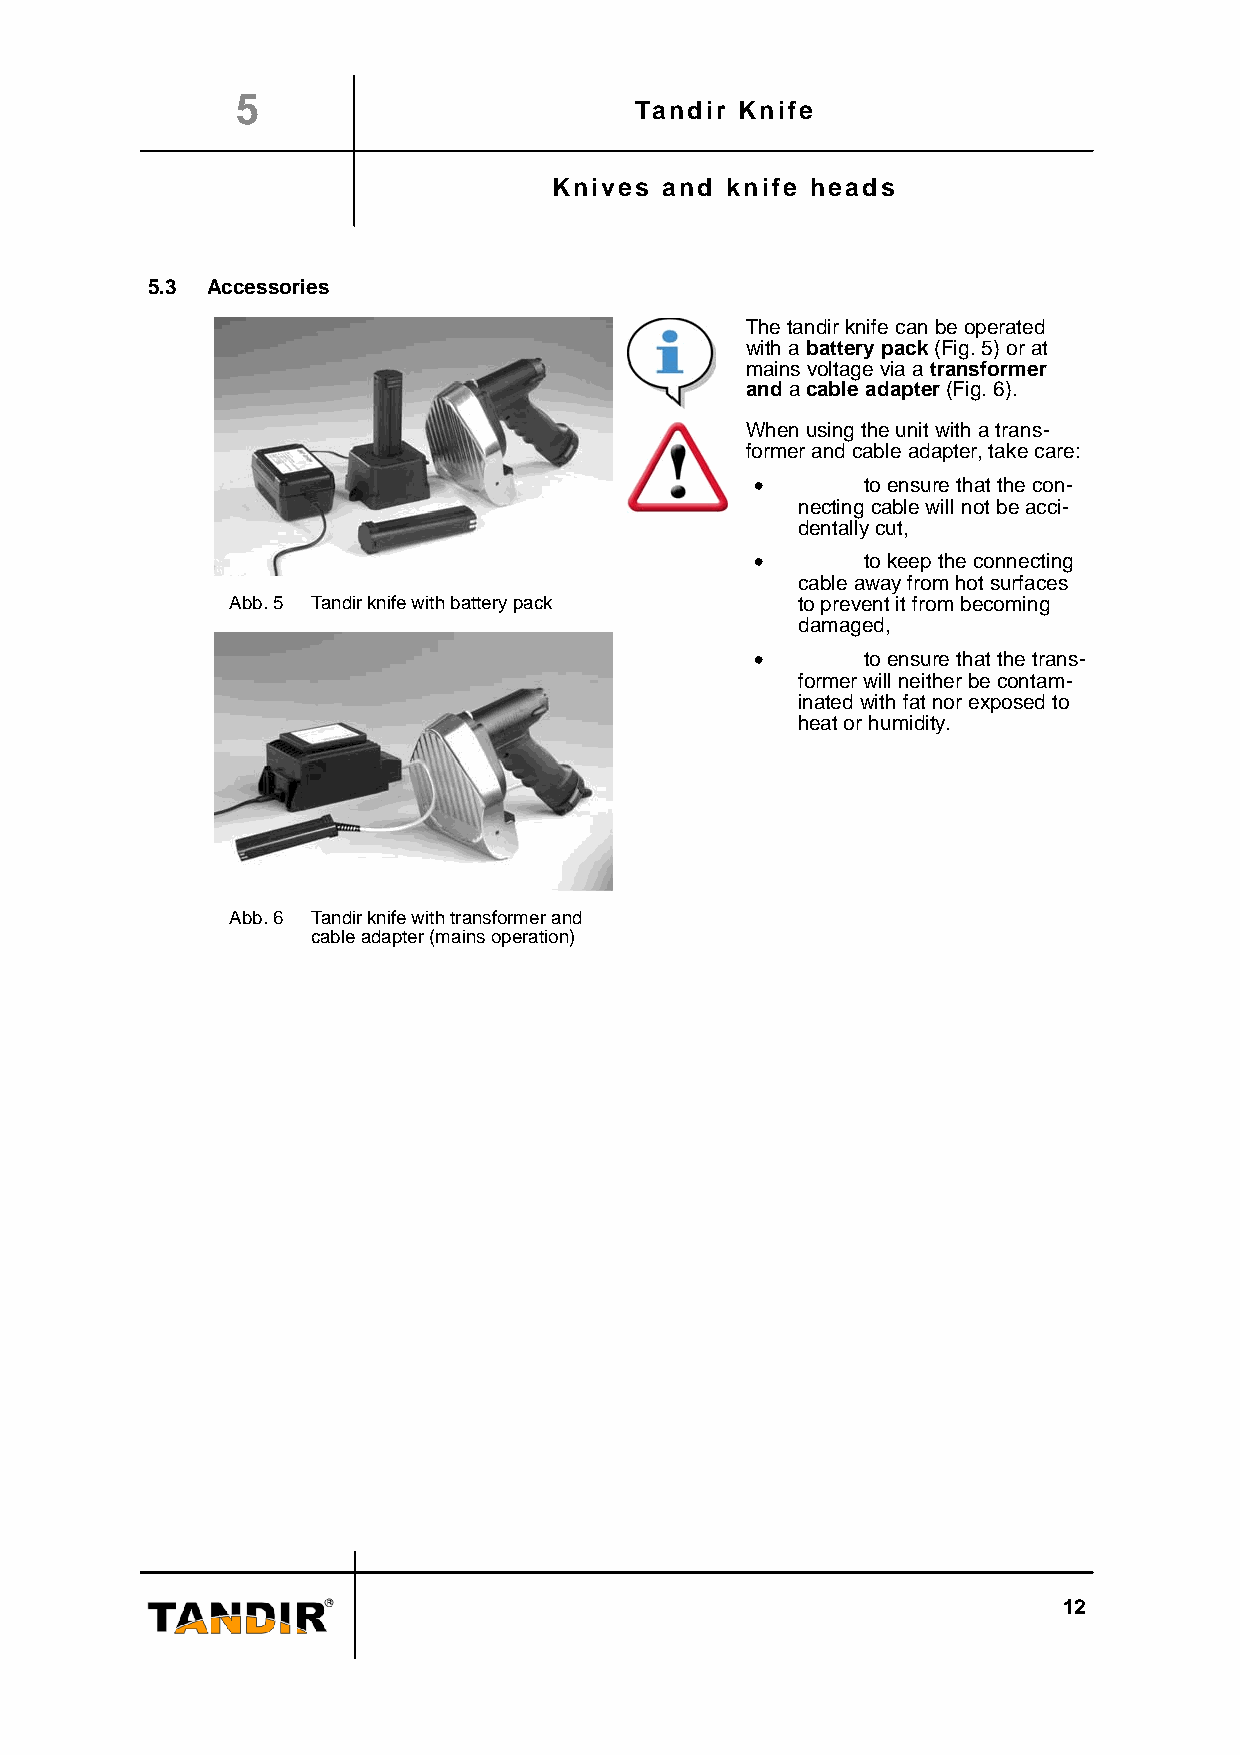
5
 Tandir Knife
 Knives and knife heads
 5.3 Accessories
 The tandir knife can be operated
 with a battery pack (Fig. 5) or at
 mains voltage via a transformer
 and a cable adapter (Fig. 6).
 When using the unit with a trans-
 former and cable adapter, take care:
 •      to ensure that the con-
 necting cable will not be acci-
 dentally cut,
 •      to keep the connecting
 cable away from hot surfaces
 Abb. 5 Tandir knife with battery pack to prevent it from becoming
 damaged,
 •      to ensure that the trans-
 former will neither be contam-
 inated with fat nor exposed to
 heat or humidity.
 Abb. 6 Tandir knife with transformer and
 cable adapter (mains operation)
 12